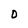
Character: O